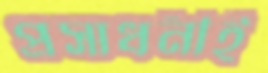
প্রসাধনীই